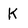
Character: K